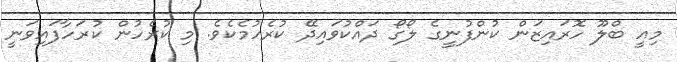
މިއީ ބްލޫ ހޮރައިޒަން ކުންފުނީގެ ލޯގޯ ދައްކުވައިދޭ ކުރެހުމެކެވެ. މި ކުރެހުން ކުރަހާފައިވަނީ